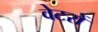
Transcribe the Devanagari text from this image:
वेटरों